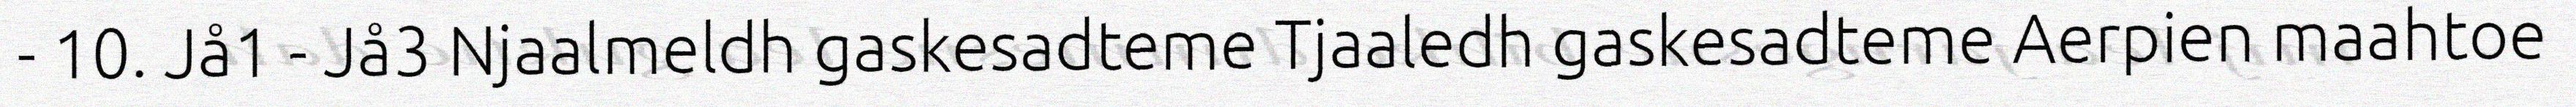
- 10. Jå1 - Jå3 Njaalmeldh gaskesadteme Tjaaledh gaskesadteme Aerpien maahtoe